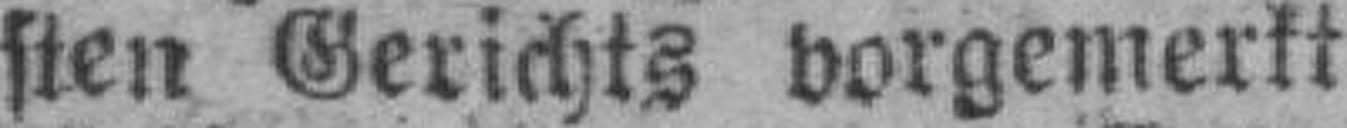
sten Gerichts vorgemerkt